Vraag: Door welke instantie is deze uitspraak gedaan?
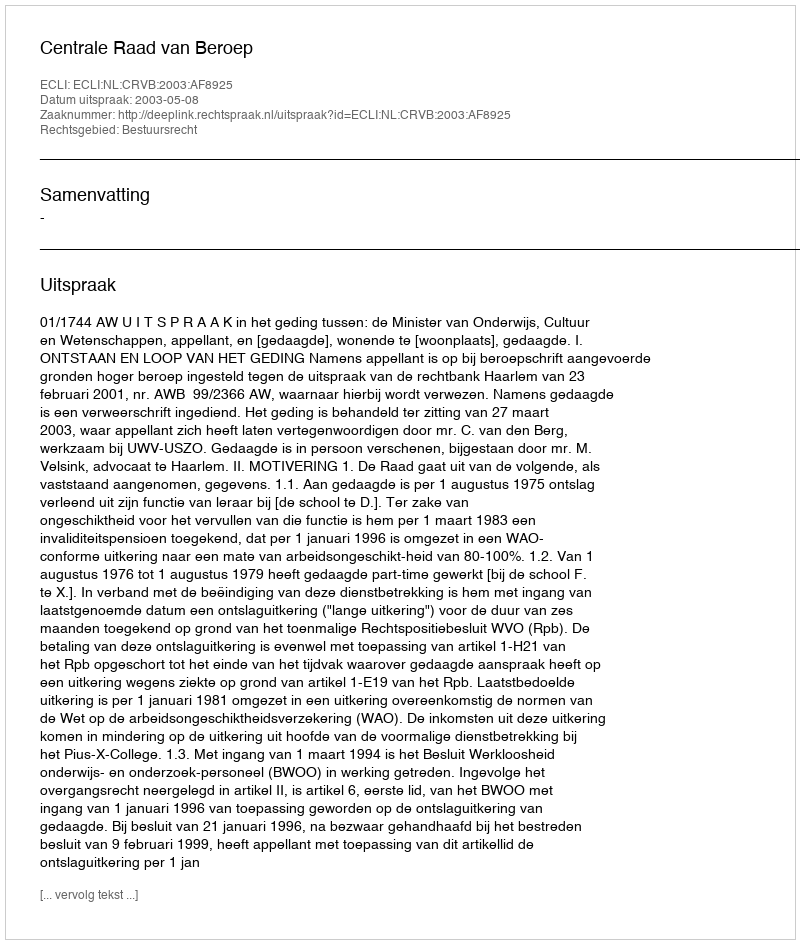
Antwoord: Centrale Raad van Beroep